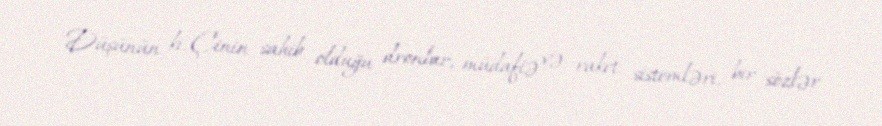
Düşünün ki, Çinin sahib olduğu dronlar, müdafiə və raket sistemləri, bir sözlər